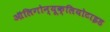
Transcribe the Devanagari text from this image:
ऑलिगोन्यूक्लियोटाइड